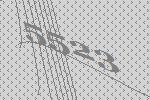
5523